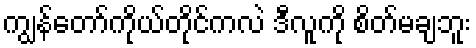
ကျွန်တော်ကိုယ်တိုင်ကလဲ ဒီလူကို စိတ်မချဘူး